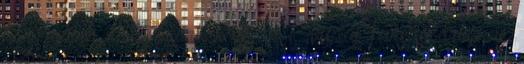
a Szigeten, a Gödörben és az Óbudai Társaskörben is,